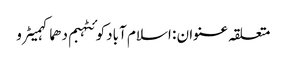
متعلقہ عنوان : اسلام آبادکوئٹہبم دھماکہمیٹرو